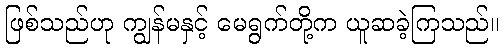
ဖြစ်သည်ဟု ကျွန်မနှင့် မေရွက်တို့က ယူဆခဲ့ကြသည်။